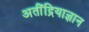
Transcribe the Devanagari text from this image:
अतींद्रियाज्ञान